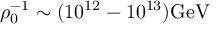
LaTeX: \rho _ { 0 } ^ { - 1 } \sim ( 1 0 ^ { 1 2 } - 1 0 ^ { 1 3 } ) \mathrm { G e V }